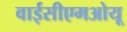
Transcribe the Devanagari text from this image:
वाईसीएमओयू